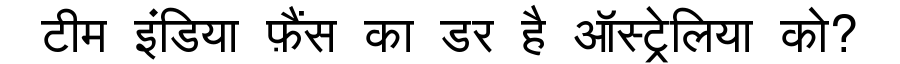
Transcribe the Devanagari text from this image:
टीम इंडिया फ़ैंस का डर है ऑस्ट्रेलिया को?